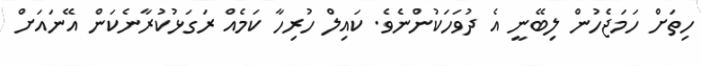
ހިތަށް ހަމަޖެހުން ލިބޭނީ އެ ދުވަހަކުންނެވެ. ކައިލް ހުރިހާ ކަމެއް ރަގަޅުކުރާނެކަން އޭނައަށް